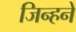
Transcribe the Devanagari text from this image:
जिन्हने